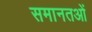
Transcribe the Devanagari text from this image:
समानतओं